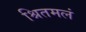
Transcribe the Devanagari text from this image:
श्रितमलं